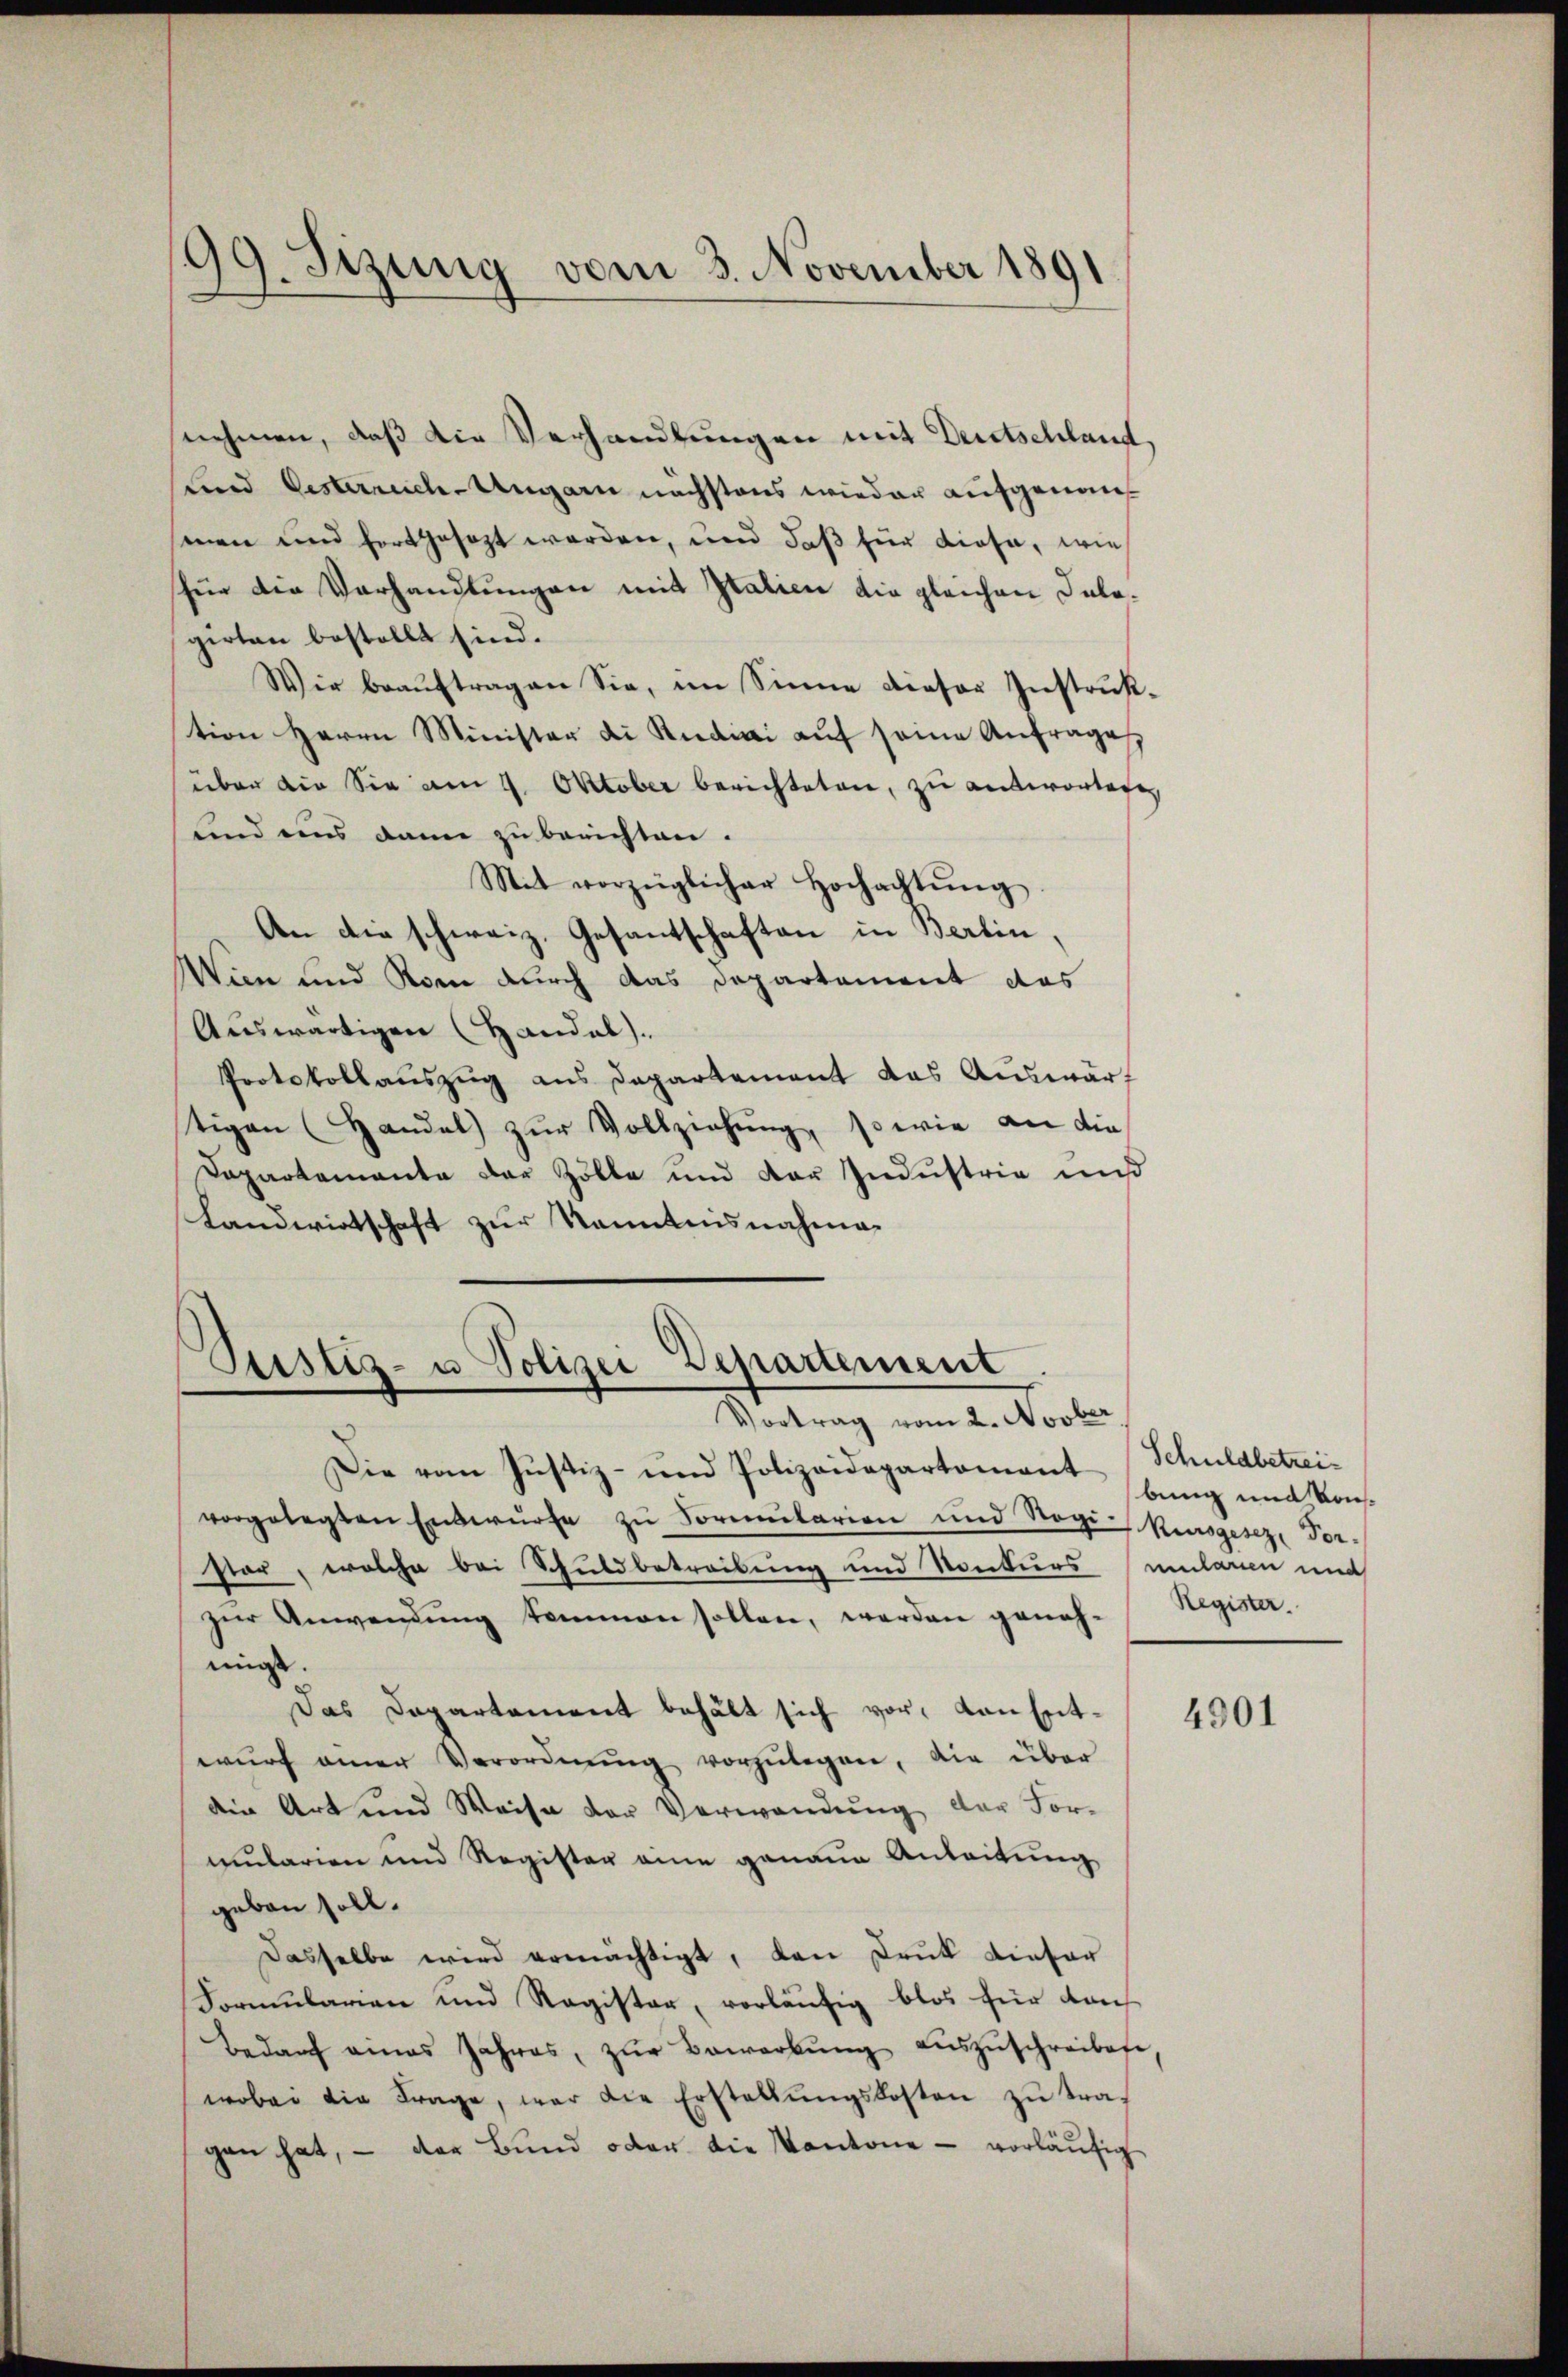
)
9. Sizung vom 3. November 1891
I

nehmen, daß die Verhandlungen mit Deutschland,
und Oesterreich-Ungarn nächstens wieder aufgenomsmen und fortgesezt worden, und daß für diese, wie
für die Verhandlŭngen mit Italien die gleichen Inlagirten bestellt sind.
Wir beauftragen Sie, im Sinne dieser Instrußtion Herrn Minister di Rudici auf seine Anfrage
über die Sie am 9. Oktober berichteten, zu antworteten
Kind eins dann zu berichten.
Mit vorzüglicher Hochachtŭng
An die schweiz. Gesantschaften in Berlin,
Wien und Rom durch das Departement das
Auswärtigen (Handal).
Protokollauszug aus Departement das Auswärt
tigen (Handel zŭr Vollziehung, so wie an die
Dapartemente der Zölle und der Industria und
Landwirtschaft zur Kenntnisnahma¬

Justiz- u. Polizei Departement
Vortrag vom 2. Novber

Die vom Justiz- und Polizeidepartement Schuldbetreivorgelegten Entwürfe zu Formularien und Rogi-Kursgesez, For-
hier, welche bei Schuldbetreibung und Konkurs (mularien und
zur Anwendung kommen sollen, werden geneh-
migt.
Das Departement behält sich vor, von Entwŭrf einer Verordnŭng vorzŭlegen, die über
die Art und Weise der Verwendung der For-
mularien und Register eine genaue Anleitung
geben soll.
Dasselbe wird ermächtigt, den Druk dieser
Formularien und Ragister, vorläufig blos für dans
Bedarf amas Jahres, zŭr Bewerbŭng aŭszŭschreibese
wobei die Frage, war die Erstellŭngskosten zŭ tra-
gan hat, – das Bund oder die Kantone - vorläufig

bung und Kon¬
Register.

4901